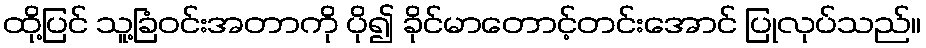
ထို့ပြင် သူ့ခြံဝင်းအတာကို ပို၍ ခိုင်မာတောင့်တင်းအောင် ပြုလုပ်သည်။